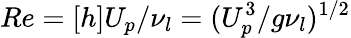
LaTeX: Re=[h]U_{p}/\nu_{l}=({{U}_{p}^{3}/g\nu_{l}})^{1/2}